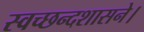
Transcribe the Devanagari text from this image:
स्वच्छन्दशासने।